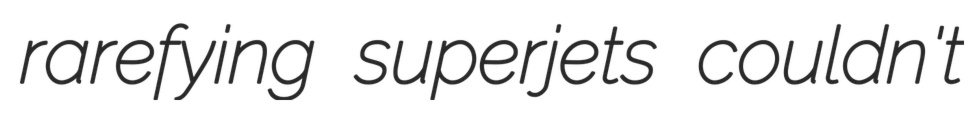
rarefying superjets couldn't